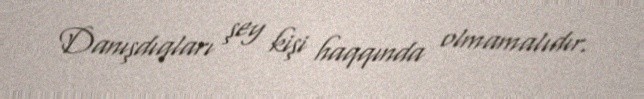
Danışdıqları şey kişi haqqında olmamalıdır.